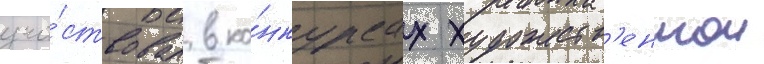
уча́ствовал в ко́нкурсах художеств'еннои